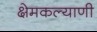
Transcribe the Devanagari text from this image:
क्षेमकल्याणी